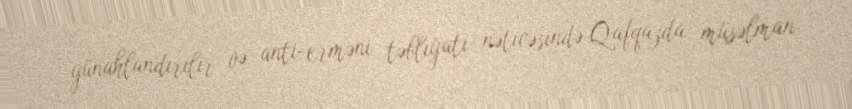
günahlandırılır və anti-erməni təbliğatı nəticəsində Qafqazda müsəlman